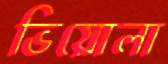
ভিয়োলা